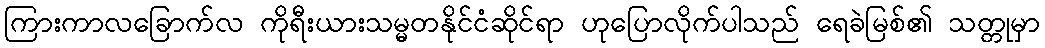
ကြားကာလခြောက်လ ကိုရီးယားသမ္မတနိုင်ငံဆိုင်ရာ ဟုပြောလိုက်ပါသည် ရေခဲမြစ်၏ သတ္တုမှာ